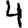
Digit: 4